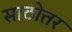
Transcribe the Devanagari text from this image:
साठोत्तर